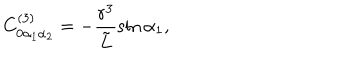
C _ { 0 \alpha _ { 1 } \alpha _ { 2 } } ^ { ( 3 ) } = - \frac { r ^ { 3 } } { { \tilde { L } } } \sin { \alpha _ { 1 } } ,